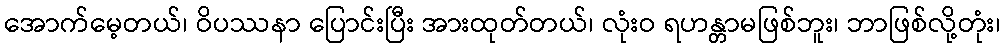
အောက်မေ့တယ်၊ ဝိပဿနာ ပြောင်းပြီး အားထုတ်တယ်၊ လုံးဝ ရဟန္တာမဖြစ်ဘူး၊ ဘာဖြစ်လို့တုံး၊